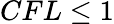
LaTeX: CFL\leq 1